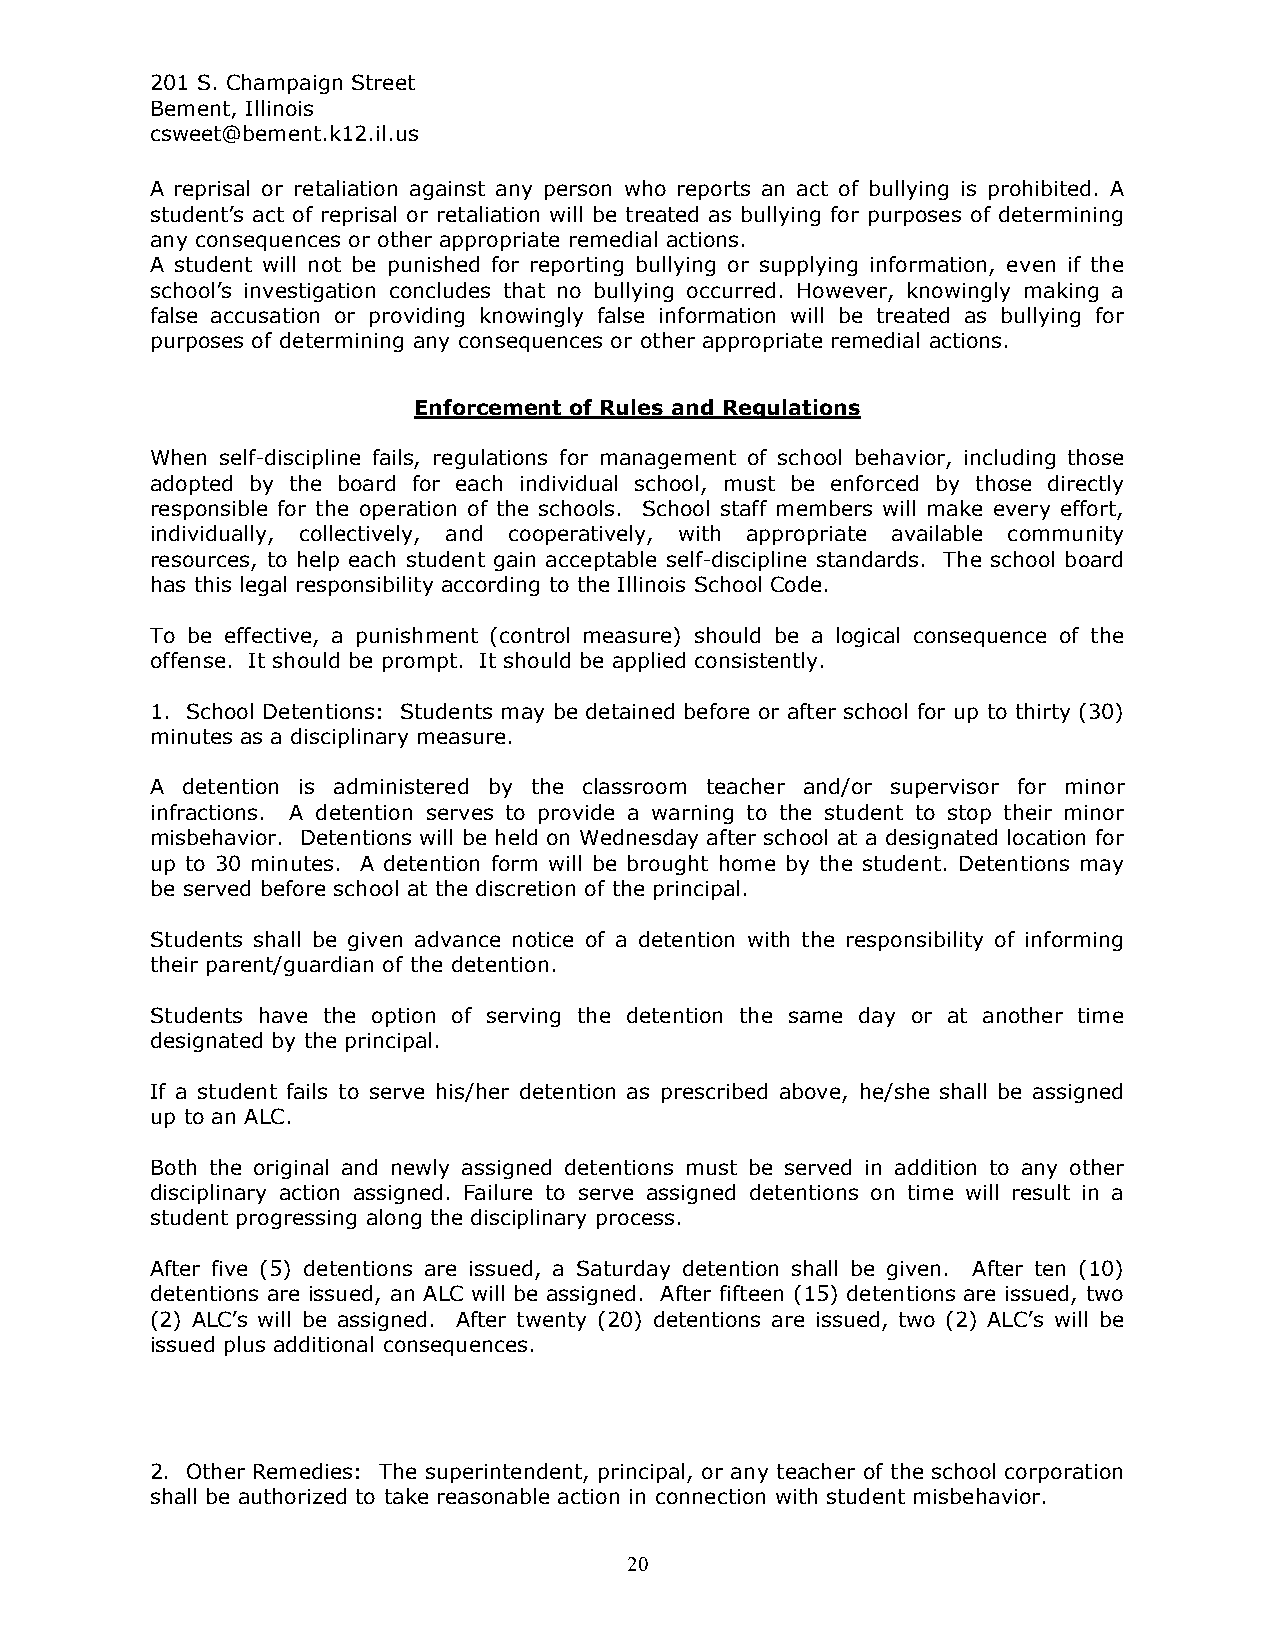
201 S. Champaign Street
 Bement, Illinois
 csweet@bement.k12.il.us
 A reprisal or retaliation against any person who reports an act of bullying is prohibited. A
 student’s act of reprisal or retaliation will be treated as bullying for purposes of determining
 any consequences or other appropriate remedial actions.
 A student will not be punished for reporting bullying or supplying information, even if the
 school’s investigation concludes that no bullying occurred. However, knowingly making a
 false accusation or providing knowingly false information will be treated as bullying for
 purposes of determining any consequences or other appropriate remedial actions.
 Enforcement of Rules and Regulations
 When self-discipline fails, regulations for management of school behavior, including those
 adopted by the board for each individual school, must be enforced by those directly
 responsible for the operation of the schools. School staff members will make every effort,
 individually, collectively, and cooperatively, with appropriate available community
 resources, to help each student gain acceptable self-discipline standards. The school board
 has this legal responsibility according to the Illinois School Code.
 To be effective, a punishment (control measure) should be a logical consequence of the
 offense. It should be prompt. It should be applied consistently.
 1. School Detentions: Students may be detained before or after school for up to thirty (30)
 minutes as a disciplinary measure.
 A detention is administered by the classroom teacher and/or supervisor for minor
 infractions. A detention serves to provide a warning to the student to stop their minor
 misbehavior. Detentions will be held on Wednesday after school at a designated location for
 up to 30 minutes. A detention form will be brought home by the student. Detentions may
 be served before school at the discretion of the principal.
 Students shall be given advance notice of a detention with the responsibility of informing
 their parent/guardian of the detention.
 Students have the option of serving the detention the same day or at another time
 designated by the principal.
 If a student fails to serve his/her detention as prescribed above, he/she shall be assigned
 up to an ALC.
 Both the original and newly assigned detentions must be served in addition to any other
 disciplinary action assigned. Failure to serve assigned detentions on time will result in a
 student progressing along the disciplinary process.
 After five (5) detentions are issued, a Saturday detention shall be given. After ten (10)
 detentions are issued, an ALC will be assigned. After fifteen (15) detentions are issued, two
 (2) ALC’s will be assigned. After twenty (20) detentions are issued, two (2) ALC’s will be
 issued plus additional consequences.
 2. Other Remedies: The superintendent, principal, or any teacher of the school corporation
 shall be authorized to take reasonable action in connection with student misbehavior.
 20